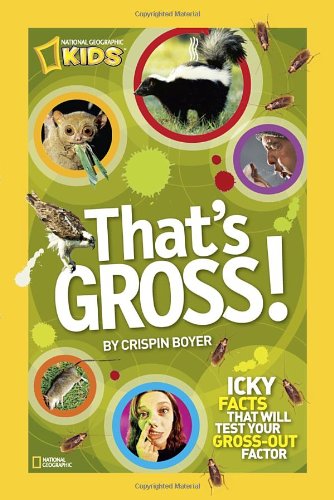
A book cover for That's Gross!: Icky Facts That Will Test Your Gross-Out Factor (National Geographic Kids); Crispin Boyer; Humor & Entertainment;